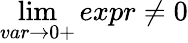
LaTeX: \operatorname*{lim}_{var\to 0+}expr\neq 0